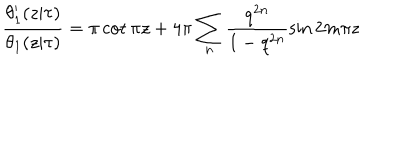
LaTeX: \frac { \theta _ { 1 } ^ { \prime } ( z | \tau ) } { \theta _ { 1 } ( z | \tau ) } = \pi \cot { \pi z } + 4 \pi \sum _ { n } \frac { q ^ { 2 n } } { 1 - q ^ { 2 n } } \sin { 2 m \pi z }